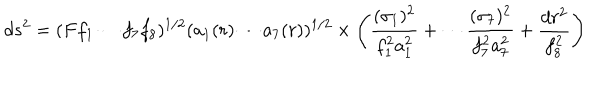
LaTeX: d s ^ { 2 } = ( F f _ { 1 } \cdots f _ { 7 } f _ { 8 } ) ^ { 1 / 2 } ( a _ { 1 } ( r ) \cdots a _ { 7 } ( r ) ) ^ { 1 / 2 } \times \left( { \frac { ( \sigma _ { 1 } ) ^ { 2 } } { f _ { 1 } ^ { 2 } a _ { 1 } ^ { 2 } } } + \cdots { \frac { ( \sigma _ { 7 } ) ^ { 2 } } { f _ { 7 } ^ { 2 } a _ { 7 } ^ { 2 } } } + { \frac { d r ^ { 2 } } { f _ { 8 } ^ { 2 } } } \right)